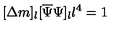
[ \Delta m ] _ { l } [ \overline { { \Psi } } \Psi ] _ { l } l ^ { 4 } = 1